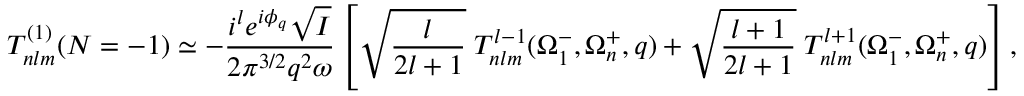
T _ { n l m } ^ { ( 1 ) } ( N = - 1 ) \simeq - \frac { i ^ { l } e ^ { i \phi _ { q } } \sqrt { I } } { 2 { \pi } ^ { 3 / 2 } q ^ { 2 } \omega } \left[ \sqrt { \frac { l } { 2 l + 1 } } \; { \cal T } _ { n l m } ^ { l - 1 } ( \Omega _ { 1 } ^ { - } , \Omega _ { n } ^ { + } , q ) + \sqrt { \frac { l + 1 } { 2 l + 1 } } \; { \cal T } _ { n l m } ^ { l + 1 } ( \Omega _ { 1 } ^ { - } , \Omega _ { n } ^ { + } , q ) \right] ,